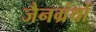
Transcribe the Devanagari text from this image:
जैनग्रंथों